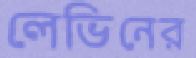
লেভিনের